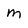
Character: m